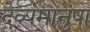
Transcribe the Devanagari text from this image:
देव्यमानुषा